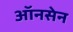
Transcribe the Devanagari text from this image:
ऑनसेन